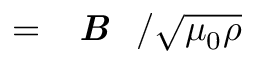
= \textit { \textbf { B } } / \sqrt { \mu _ { 0 } \rho }